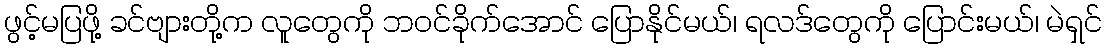
ဖွင့်မပြဖို့ ခင်ဗျားတို့က လူတွေကို ဘဝင်ခိုက်အောင် ပြောနိုင်မယ်၊ ရလဒ်တွေကို ပြောင်းမယ်၊ မဲရှင်